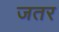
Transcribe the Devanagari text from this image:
जतर